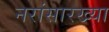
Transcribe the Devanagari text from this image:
नरांसारख्या